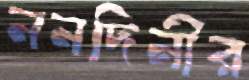
ননদিনীর